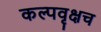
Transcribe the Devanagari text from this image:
कल्पवृक्षच